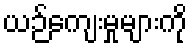
ယဉ်ကျေးမှုများကို